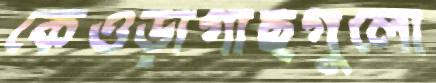
কেওড়াগাছগুলো